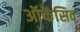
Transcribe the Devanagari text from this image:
ऑफेंसिव